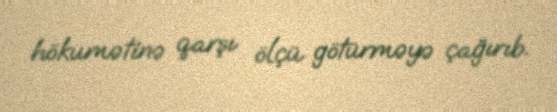
hökumətinə qarşı ölçü götürməyə çağırıb.